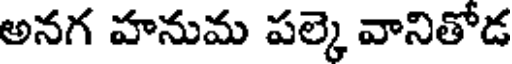
అనగ హనుమ పల్కె వానితోడ